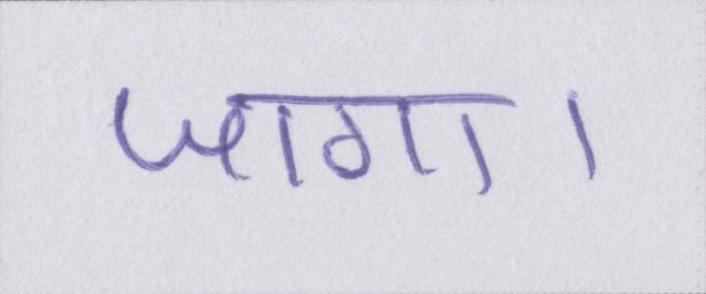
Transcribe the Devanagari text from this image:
जागा।